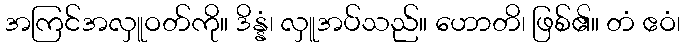
အကြင်အလှူဝတ်ကို။ ဒိန္နံ၊ လှူအပ်သည်။ ဟောတိ၊ ဖြစ်၏။ တံ ဧဝံ၊